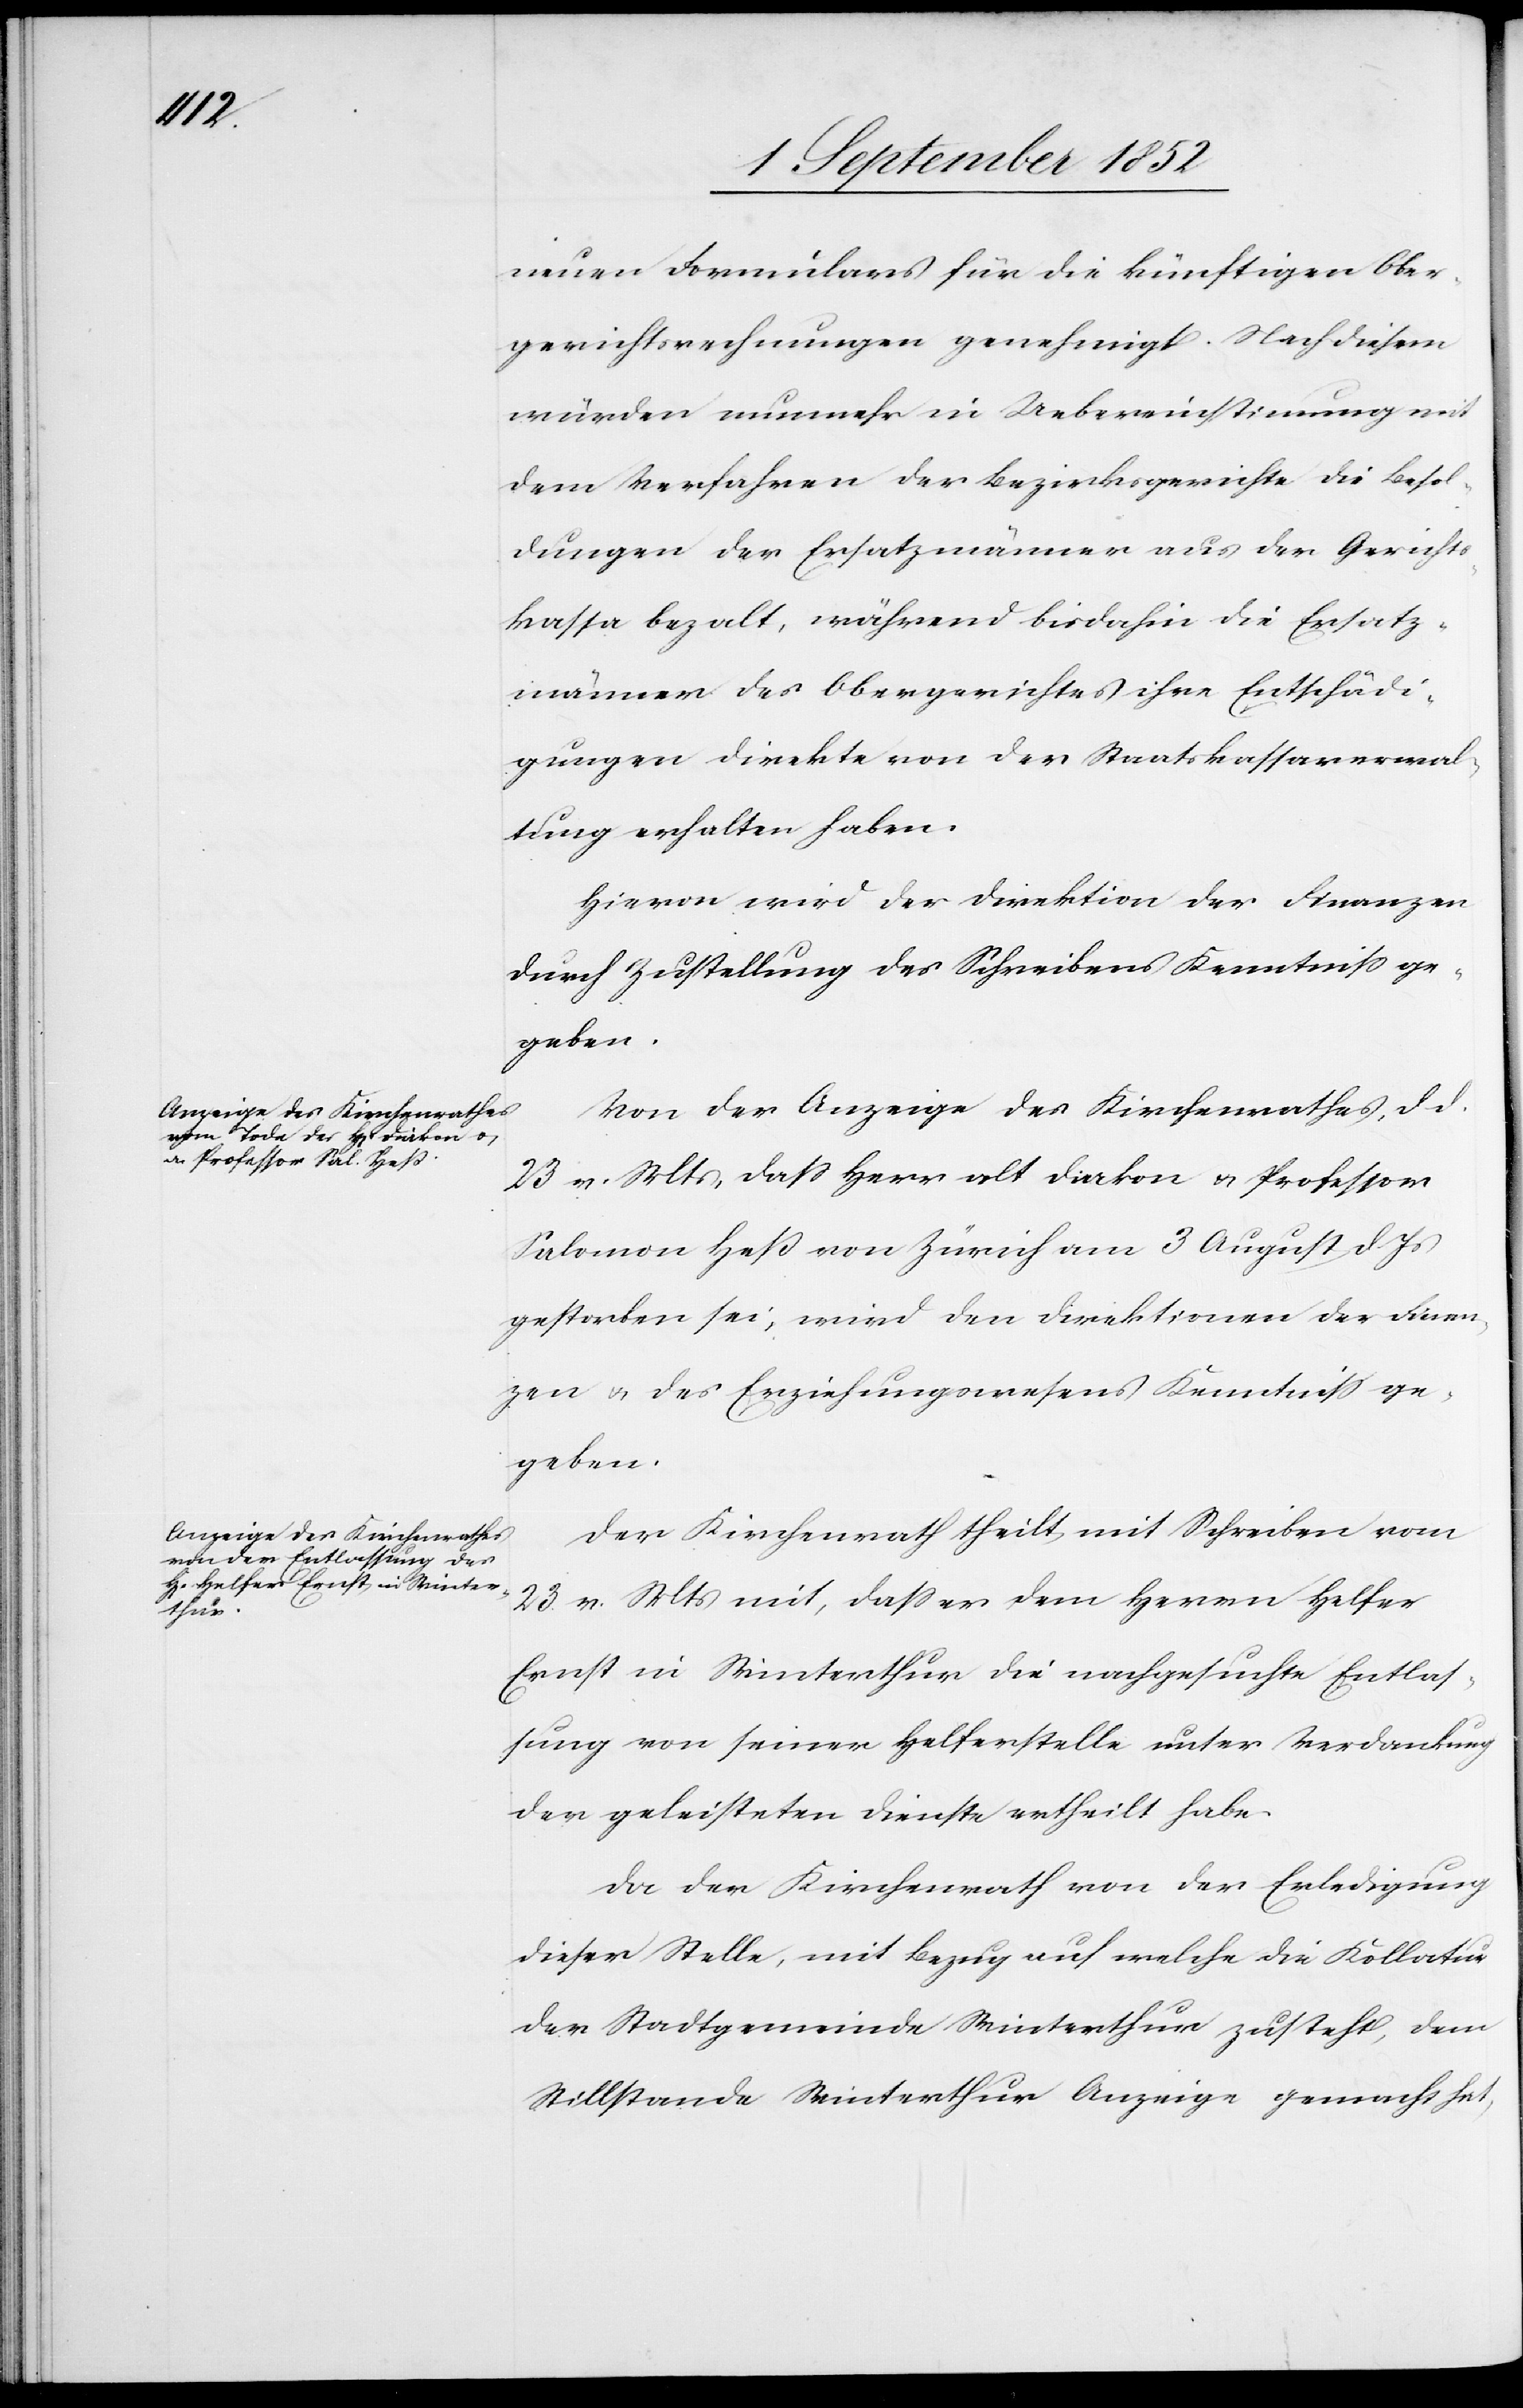
neuen Formulars für die künftigen Ober¬
gerichtsrechnungen genehmigt. Nach diesem
würden nunmehr in Uebereinstimmung mit
dem Verfahren der Bezirksgerichte die Besol¬
dungen der Ersatzmänner aus der Gerichts¬
kassa beza[h]lt, während bisdahin die Ersatz¬
männer des Obergerichtes ihre Entschädi¬
gungen direkte von der Staatskassaverwal¬
tung erhalten haben.
Hievon wird der Direktion der Finanzen
durch Zustellung des Schreibens Kenntniss ge¬
geben.
Von der Anzeige des Kirchenrathes, d d.
23 v. Mts, dass Herr alt Diakon & Professor
Salomon Heß von Zürich am 3 August d. Js
gestorben sei, wird den Direktionen der Finan¬
zen & des Erziehungswesens Kenntniss ge¬
geben.
Der Kirchenrath theilt mit Schreiben vom
23. v. Mts mit, dass er dem Herrn Helfer
Ernst in Winterthur die nachgesuchte Entlas¬
sung von seiner Helferstelle unter Verdankung
der geleisteten Dienste ertheilt habe.
Da der Kirchenrath von der Erledigung
dieser Stelle, mit Bezug auf welche die Kollatur
der Stadtgemeinde Winterthur zusteht, dem
Stillstande Winterthur Anzeige gemacht hat,